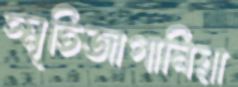
স্মৃতিজাগানিয়া